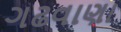
ગઢવાણા